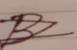
Signature authenticity: forged